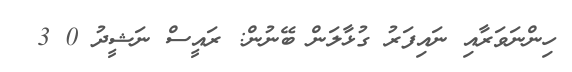
ހިންނަވަރާއި ނައިފަރު ގުޅާލަން ބޭނުން: ރައީސް ނަޝީދު 0 3